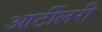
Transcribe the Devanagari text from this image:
आर्टीलरी